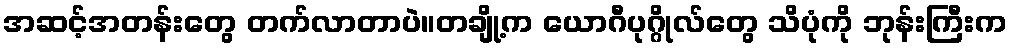
အဆင့်အတန်းတွေ တက်လာတာပဲ။တချို့က ယောဂီပုဂ္ဂိုလ်တွေ သိပုံကို ဘုန်းကြီးက